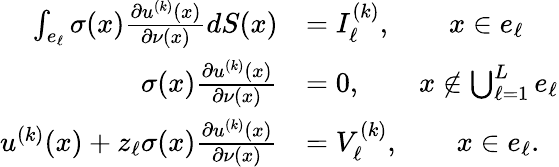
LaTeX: \begin{array}{rl}{\int_{e_{\ell}}\sigma(x)\frac{\partial u^{(k)}(x)}{\partial\nu(x)}dS(x)}&{=I_{\ell}^{(k)},\qquad x\in e_{\ell}}\\ {\sigma(x)\frac{\partial u^{(k)}(x)}{\partial\nu(x)}}&{=0,\qquad x\notin\bigcup_{\ell=1}^{L}e_{\ell}}\\ {u^{(k)}(x)+z_{\ell}\sigma(x)\frac{\partial u^{(k)}(x)}{\partial\nu(x)}}&{=V_{\ell}^{(k)},\qquad x\in e_{\ell}.}\end{array}